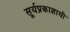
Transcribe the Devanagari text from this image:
सूर्यप्रकाशाची